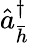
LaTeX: \hat{a}_{\bar{h}}^{\dagger}